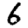
Digit: 6